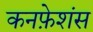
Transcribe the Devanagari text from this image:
कनफ़ेशंस